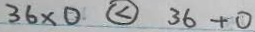
3 6 \times 0 < 3 6 + 0